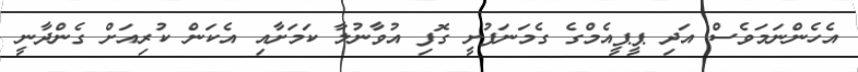
އެހެންނަމަވެސް އަދި ޕީޕީއެމްގެ ގެމަނަފުށީ ގޮފި އުވާނުލާ ކަމަށާއި އެކަން ކުރިއަށް ގެންދާނީ